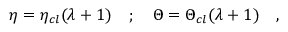
\eta = \eta _ { c l } ( \lambda + 1 ) \quad ; \quad \Theta = \Theta _ { c l } ( \lambda + 1 ) \quad ,